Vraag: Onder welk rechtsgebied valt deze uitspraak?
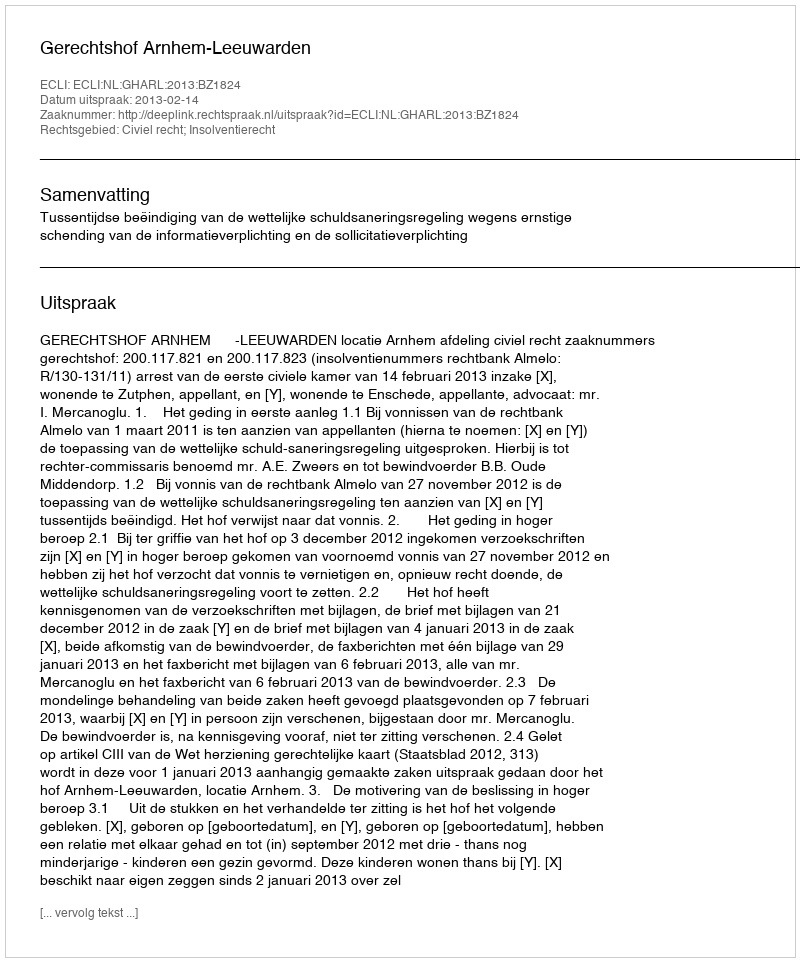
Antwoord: Civiel recht; Insolventierecht